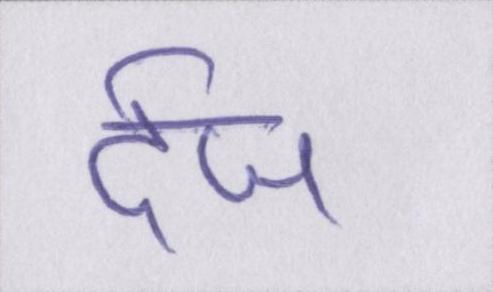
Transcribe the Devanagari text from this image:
र्दज